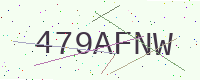
Text: 479AFNW